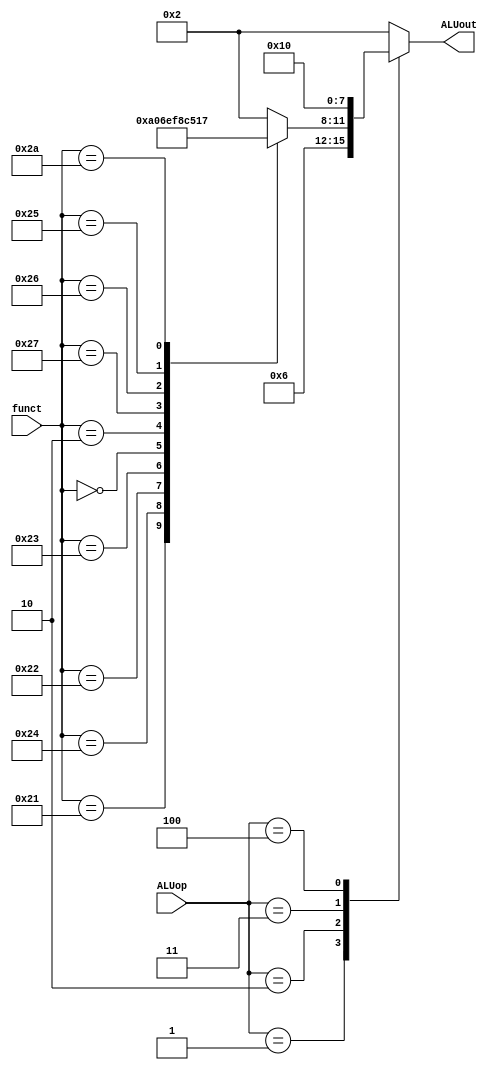
module ALUcontrol(ALUop,funct,ALUout);
		input [2:0] ALUop;
		input [5:0] funct;
		output reg [3:0] ALUout;
		
		always@(*)begin
		case(ALUop)
		3'b000: ALUout = 4'b0010; // load and store ,the alu function is add so i can use this case to implement addi also  
		3'b001: ALUout = 4'b0110;  // branch 
		3'b010:
			case(funct)    // R format 
				 6'b100000: ALUout = 4'b0010; // add
				 6'b100001: ALUout = 4'b1010; // add unsigned
				 6'b100100: ALUout = 4'b0000; // and 
				 6'b100010: ALUout = 4'b0110; // sub
				 6'b100011: ALUout = 4'b1110; // sub unsigned 
				 6'b000000: ALUout = 4'b1111; // sll
				 6'b000010: ALUout = 4'b1000; // srl
				 6'b100111: ALUout = 4'b1100; // NOR
				 6'b100110: ALUout = 4'b0101; // XOR
				 6'b100101: ALUout = 4'b0001; // OR
				 6'b101010: ALUout = 4'b0111;// slt
				 default : ALUout = 4'b0010;
			endcase
		3'b011: ALUout = 4'b0001; // ori
		3'b100: ALUout = 4'b0000; // andi 
		default : ALUout = 4'b0010;	
		endcase
		end
endmodule